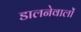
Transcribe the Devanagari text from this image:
डालनेवालों